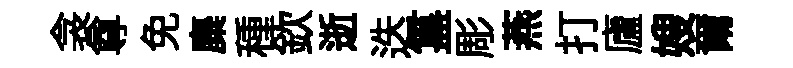
衾尊免麋種欽逝迭簋彫燕打廬嫂爾